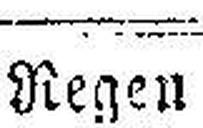
Regen